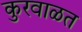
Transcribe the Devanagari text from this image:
कुरवाळत